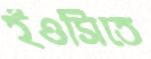
ইওসিতে